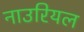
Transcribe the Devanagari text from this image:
नाउरियल